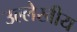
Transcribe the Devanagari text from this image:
उल्लेखीय